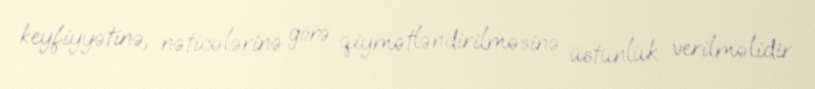
keyfiyyətinə, nəticələrinə görə qiymətləndirilməsinə üstünlük verilməlidir.